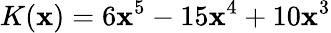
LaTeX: K(\mathbf{x})=6\mathbf{x}^{5}-15\mathbf{x}^{4}+10\mathbf{x}^{3}